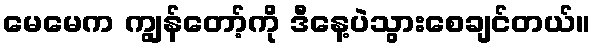
မေမေက ကျွန်တော့်ကို ဒီနေ့ပဲသွားစေချင်တယ်။